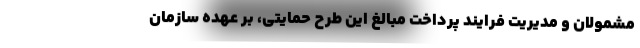
مشمولان و مدیریت فرایند پرداخت مبالغ این طرح حمایتی، بر عهده سازمان